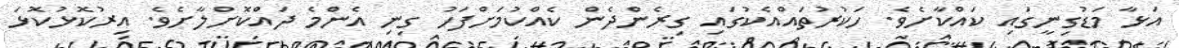
އަޅާ މަޑުގިނީގައި ކައްކާށެވެ. ހަކުރުތައްއެކުގައި ގިރެންދެން ކެއްކުމަށްފަހު ގިނި އެންމެ ދައްކޮށްލާށެވެ. އިރުކޮޅުކޮޅަ